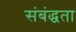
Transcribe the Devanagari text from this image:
संबंद्धता